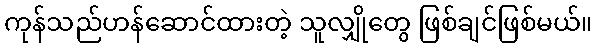
ကုန်သည်ဟန်ဆောင်ထားတဲ့ သူလျှိုတွေ ဖြစ်ချင်ဖြစ်မယ်။